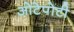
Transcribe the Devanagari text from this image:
ओटेपोटी